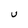
Character: U